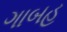
ગાબહ